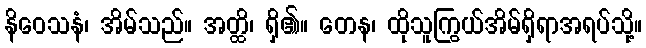
နိဝေသနံ၊ အိမ်သည်။ အတ္ထိ၊ ရှိ၏။ တေန၊ ထိုသူကြွယ်အိမ်ရှိရာအရပ်သို့။